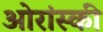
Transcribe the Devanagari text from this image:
ओरांस्की